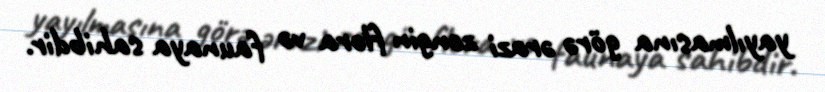
yayılmasına görə ərazi zəngin flora və faunaya sahibdir.